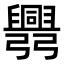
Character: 𢑅